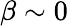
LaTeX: \beta\sim 0